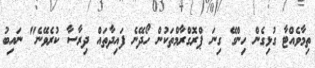
ތިމާވެއްޓާ ގުޅިގެން ހިންގޭ ގިނަ ޕްރޮގްރާމްތަކުން ހޯދޭނެ ފައިދާތައް ދިރާސާ ކުރެވޭނެ" ނައިބު